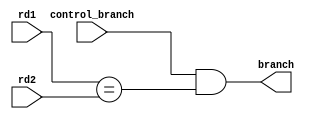
module Branch(control_branch , rd1 , rd2 , branch);
input control_branch;
input [31:0] rd1;
input [31:0] rd2;
output branch;
assign branch =  (control_branch && (rd1 == rd2) );
endmodule